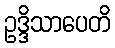
ဥဒ္ဒိသာပေတိ